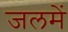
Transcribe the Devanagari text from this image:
जलमें